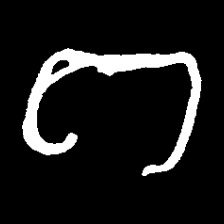
Pyu character \u2014 Myanmar letter: ဂ (romanized: ga)